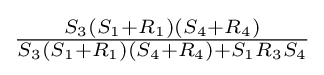
{\tfrac {S_{3}(S_{1}+R_{1})(S_{4}+R_{4})}{S_{3}(S_{1}+R_{1})(S_{4}+R_{4})+S_{1}R_{3}S_{4}}}